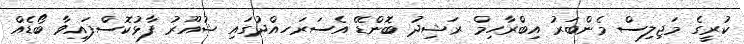
ކުރީގެ މަޖިލިސް މެންބަރު އިބްރާހިމް ރަޝިދު ބޮންޑޭ އެސަރަހއްދުގައި ޝުއޫރު ފާޅުކޮސްފައިވާ ބޯޑެއް